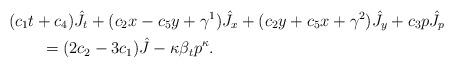
LaTeX: \begin{align*}&(c_1t+c_4)\hat J_t+(c_2x-c_5y+\gamma^1)\hat J_x+(c_2y+c_5x+\gamma^2)\hat J_y+c_3p\hat J_p\\&\qquad{}=(2c_2-3c_1)\hat J-\kappa\beta_tp^\kappa.\end{align*}